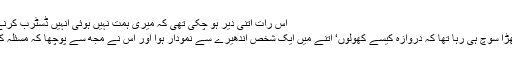
اس رات اتنی دیر ہو چکی تھی کہ میری ہمت نہیں ہوئی انہیں ڈسٹرب کرنے کی.
میں کھڑا سوچ ہی رہا تھا کہ دروازہ کیسے کھولوں‘ اتنے میں ایک شخص اندھیرے سے نمودار ہوا اور اس نے مجھ سے پوچھا کہ مسئلہ کیا ہے۔